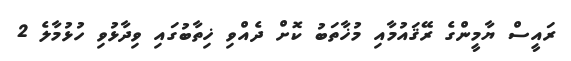
ރައީސް ޔާމީންގެ ރޭޤައުމާއި މުޚާތަބު ކޮށް ދެއްވި ޚިތާބުގައި ވިދާޅުވި ހުޅުމާލެ 2